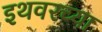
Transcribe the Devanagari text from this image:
इथवरच्या